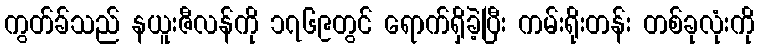
ကွတ်ခ်သည် နယူးဇီလန်ကို ၁၇၆၉တွင် ရောက်ရှိခဲ့ပြီး ကမ်းရိုးတန်း တစ်ခုလုံးကို